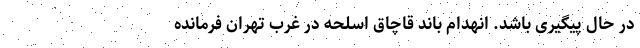
در حال پیگیری باشد. انهدام باند قاچاق اسلحه در غرب تهران فرمانده